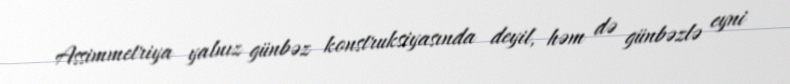
Assimmetriya yalnız günbəz konstruksiyasında deyil, həm də günbəzlə eyni